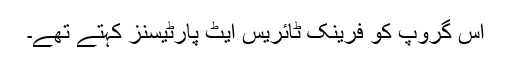
اِس گروپ کو فرینک ٹائریس ایٹ پارٹیسنز کہتے تھے۔